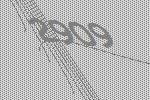
2909